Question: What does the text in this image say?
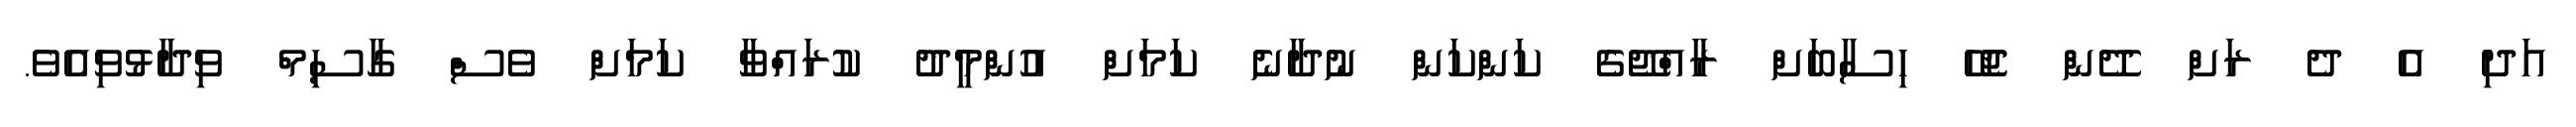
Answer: އަދި އެ ދެ ރަށް ދޭން ޖެހޭ ހިސާބަށް ރާއްޖޭގެ ކަންކަން ނުދާނެ ކަމަށް އުންމީދު ކުރައްވާ ކަމަށް ވެސް ގާސިމް ވިދާޅުވިއެވެ.